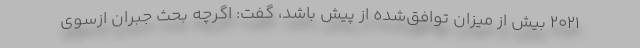
۲۰۲۱ بیش از میزان توافق‌شده از پیش باشد، گفت: اگرچه بحث جبران ازسوی